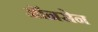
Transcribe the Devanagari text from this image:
ऑनसेन